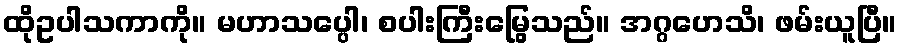
ထိုဥပါသကာကို။ မဟာသပ္ပေါ၊ စပါးကြီးမြွေသည်။ အဂ္ဂဟေသိ၊ ဖမ်းယူပြီ။